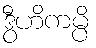
ဒွီဟိကမ္ပိ